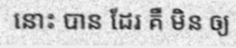
នោះ បាន ដែរ គឺ មិន ឲ្យ